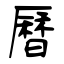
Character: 曆